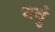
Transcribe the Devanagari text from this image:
थवुं